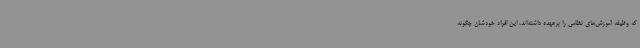
که وظیفه آموزش‌های نظامی را برعهده داشته‌اند، این افراد خودشان چگونه